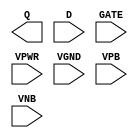
module sky130_fd_sc_hvl__dlxtp (
    Q   ,
    D   ,
    GATE,
    VPWR,
    VGND,
    VPB ,
    VNB
);

    output Q   ;
    input  D   ;
    input  GATE;
    input  VPWR;
    input  VGND;
    input  VPB ;
    input  VNB ;
endmodule